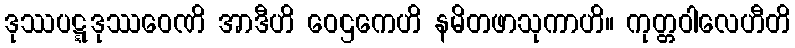
ဒုဿပဋ္ဋဒုဿဝေဏိ အာဒီဟိ ဝေဌကေဟိ နမိတဖာသုကာဟိ။ ကုတ္တဝါလေဟီတိ